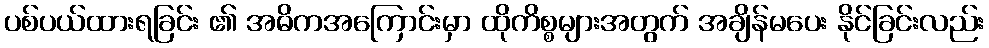
ပစ်ပယ်ထားရခြင်း ၏ အဓိကအကြောင်းမှာ ထိုကိစ္စများအတွက် အချိန်မပေး နိုင်ခြင်းလည်း